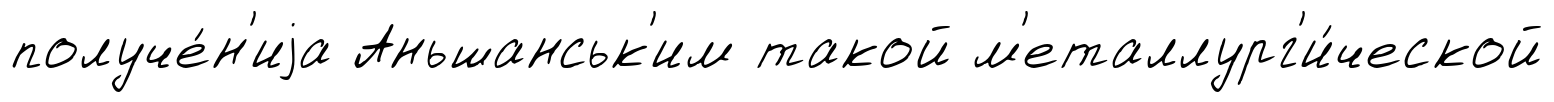
получе́н'иjа Аньшанськ'им такой м'еталлург'и́ческой